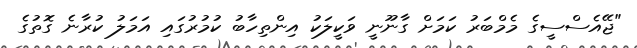
"ޖޭއެސްސީގެ މެމްބަރު ކަމަށް ގާނޫނީ ވަކީލަކު އިންތިހާބު ކުމުރުގައި އަމަލު ކުރާނެ ގޮތުގެ